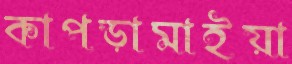
কাপড়ামাইয়া